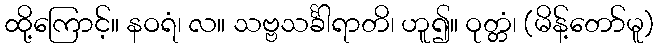
ထို့ကြောင့်။ နဝရံ၊ လ။ သဗ္ဗသင်္ခါရာတိ၊ ဟူ၍။ ဝုတ္တံ၊ (မိန့်တော်မူ)